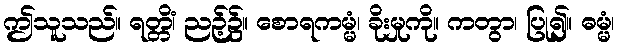
ဤသူသည်။ ရတ္တိံ၊ ညဉ့်၌။ စောရကမ္မံ၊ ခိုးမှုကို။ ကတွာ၊ ပြု၍။ ဓမ္မံ၊